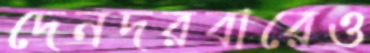
দেনদরবারেও